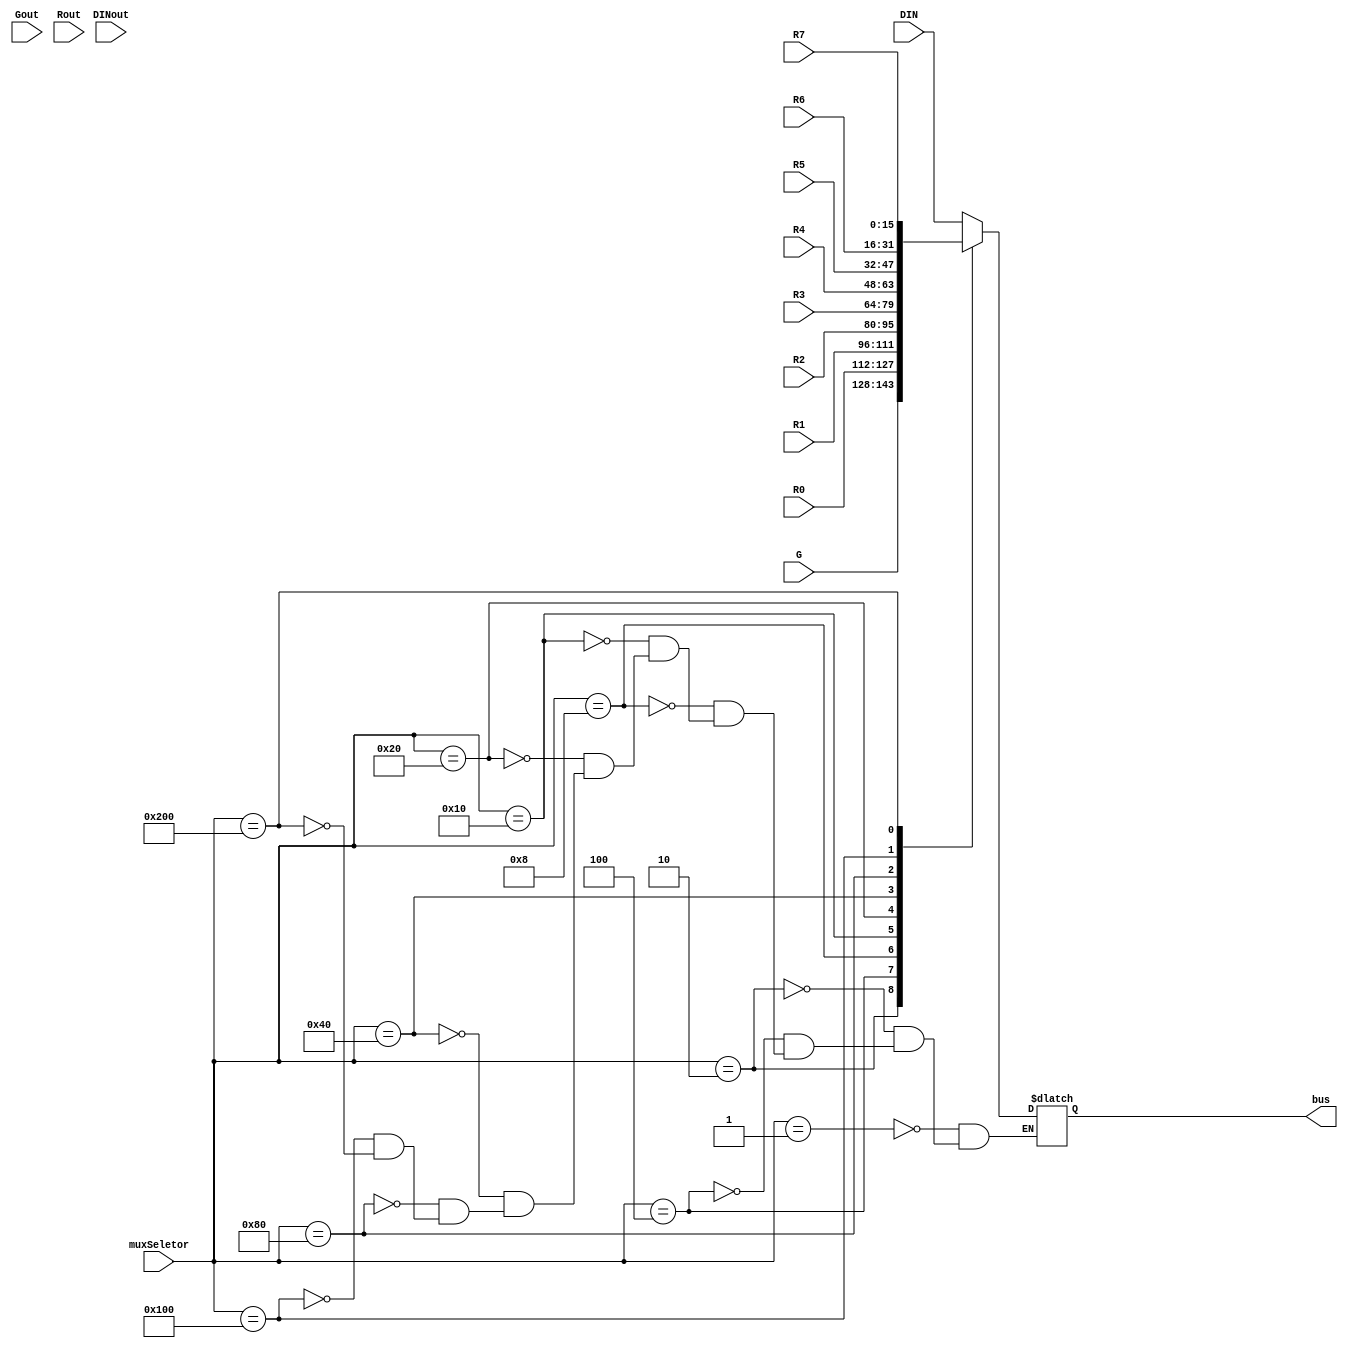
module muxRtoBus(muxSeletor,DINout, Gout, Rout, DIN, R0, R1, R2, R3, R4, R5, R6, R7, G, bus);
	input[9:0] muxSeletor;
	input [15:0] DIN, R0, R1, R2, R3, R4, R5, R6, R7, G;
	input Gout, DINout;
	input [7:0] Rout;
	output reg [15:0] bus;
	
	always @(*)
   begin // inicio
		
		case (muxSeletor)
			10'b0000000001: bus = DIN;
			10'b0000000010: bus = G;
			10'b0000000100: bus = R0;
			10'b0000001000: bus = R1;
			10'b0000010000: bus = R2;
			10'b0000100000: bus = R3;
			10'b0001000000: bus = R4;
			10'b0010000000: bus = R5;
			10'b0100000000: bus = R6;
			10'b1000000000: bus = R7;
		 endcase
	end //fim
	
endmodule